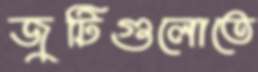
জুটিগুলোতে